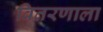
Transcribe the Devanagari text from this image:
वितरणाला